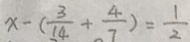
x - ( \frac { 3 } { 1 4 } + \frac { 4 } { 7 } ) = \frac { 1 } { 2 }